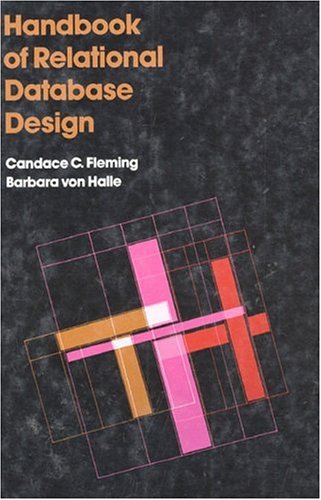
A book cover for Handbook of Relational Database Design; Candace C. Fleming; Computers & Technology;